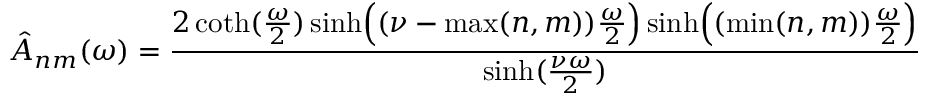
\hat { A } _ { n m } ( \omega ) = { \frac { 2 \coth ( { \frac { \omega } { 2 } } ) \sinh \Bigl ( ( \nu - \operatorname * { m a x } ( n , m ) ) { \frac { \omega } { 2 } } \Bigr ) \sinh \Bigl ( ( \operatorname * { m i n } ( n , m ) ) { \frac { \omega } { 2 } } \Bigr ) } { \sinh ( { \frac { \nu \omega } { 2 } } ) } }